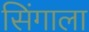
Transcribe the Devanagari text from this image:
सिंगाला